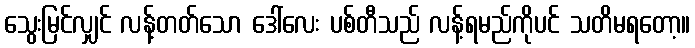
သွေးမြင်လျှင် လန့်တတ်သော ဒေါ်လေး ပစ်တီသည် လန့်ရမည်ကိုပင် သတိမရတော့။